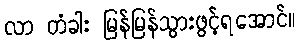
လာ တံခါး မြန်မြန်သွားဖွင့်ရအောင်။